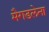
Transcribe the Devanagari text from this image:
मैगडलेना